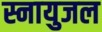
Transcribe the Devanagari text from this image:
स्नायुजल